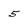
Character: 5